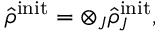
\hat { \rho } ^ { \mathrm { \scriptsize { i n i t } } } = \otimes _ { J } \hat { \rho } _ { J } ^ { \mathrm { \scriptsize { i n i t } } } ,